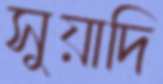
সুয়াদি